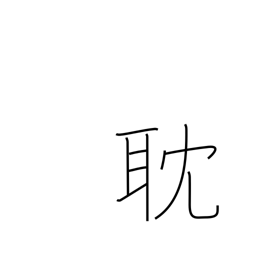
Meaning: absorbed in